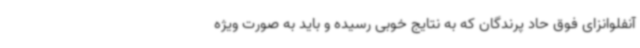
آنفلوانزای فوق حاد پرندگان که به نتایج خوبی رسیده و باید به صورت ویژه